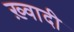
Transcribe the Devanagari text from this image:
ख़्वादी